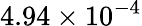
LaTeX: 4.94\times{{10}^{-4}}